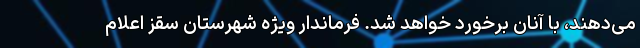
می‌دهند، با آنان برخورد خواهد شد. فرماندار ویژه شهرستان سقز اعلام